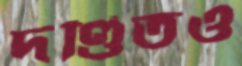
দণ্ডিতও